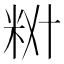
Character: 𫂷